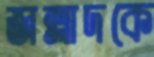
জল্লাদকে